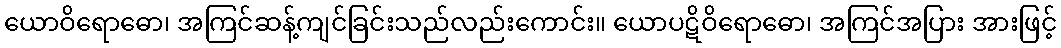
ယောဝိရောဓော၊ အကြင်ဆန့်ကျင်ခြင်းသည်လည်းကောင်း။ ယောပဋိဝိရောဓော၊ အကြင်အပြား အားဖြင့်